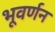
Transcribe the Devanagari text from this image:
भूवर्णन